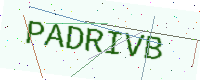
Text: PADRIVB